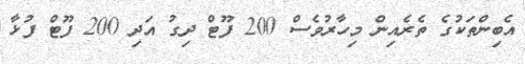
އެބިންތަކުގެ ތެރެއިން މިހާރުވެސް 200 ފޫޓް ދިގު އަދި 200 ފޫޓް ފުޅާ